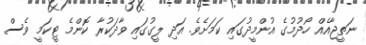
ނަތީޖާއެއް ހޯދުމުގެ އުންމީދުގައި ކަަމަށެވެ. އަދި ލީގުގައި ވާދަކުރާ ކޮންމެ ޓީކަމީ ވެސް